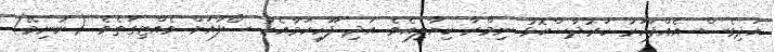
އަދިވެސް އެއްފަހަރު ކަރުދާސްކޮޅު ނިމްރާ ކިޔާލިއެވެ. އަދި ފޫހިކަމާއެކު ސޯފާއަށް ވެއްޓިގަތެވެ. (ނުނިމޭ)